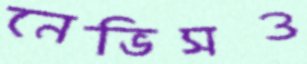
নেভিসও